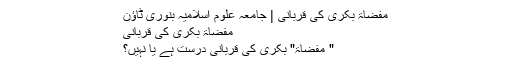
مفضاۃ بکری کی قربانی | جامعہ علوم اسلامیہ بنوری ٹاؤن
مفضاۃ بکری کی قربانی
" مفضاۃ" بکری کی قربانی درست ہے یا نہیں؟